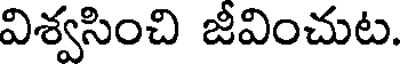
విశ్వసించి జీవించుట.